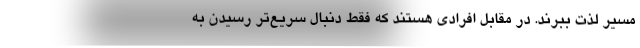
مسیر لذت ببرند. در مقابل افرادی هستند که فقط دنبال سریع‌تر رسیدن به